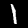
Digit: 1